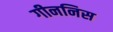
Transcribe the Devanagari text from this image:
गीननिस